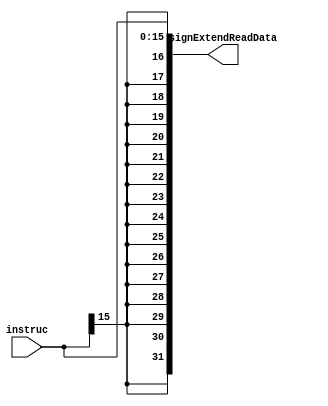
module signExtend(input [15:0] instruc, output reg [31:0] signExtendReadData);
	always @(*) begin
		signExtendReadData = {{16{instruc[15]}},instruc[15:0]};
		end
endmodule
//////////////////////////////////////////////////



module muxForALU(input alusrc, input [31:0] readData2, input [31:0] signExtendReadData, output reg [31:0] muxResult);
always @(*) begin
//$display("alusrc, %08x" , alusrc);
if(alusrc == 0)
	muxResult = readData2;
else
	muxResult = signExtendReadData;
end
endmodule

/*Arithmetic Logic Unit - performs arithmetic operations based on control signals*/
module alu(input [2:0] aluOp,input [31:0] readData, input [31:0] readData2, output reg [31:0] aluResult);
// aluOp comes from the control signal
always@(*) begin
	if(aluOp == 3'b010)//add
		aluResult = readData + readData2;
	else if(aluOp == 3'b110)//subtract
		aluResult = readData - readData2;
	else if(aluOp == 3'b001)//or
		aluResult = readData | readData2;
	else if(aluOp == 3'b000)begin//and
		aluResult = readData & readData2;
		end
	//else if(aluOp == 3'b111)//slt
		//aluResult = 
	//$display("in alu");
	//$display("in alu: aluOp - %08d readData - %08d readData2 - %08d aluResult - %08d", aluOp, readData, readData2, aluResult);
	end
endmodule
/////////////////////////